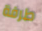
طرفة